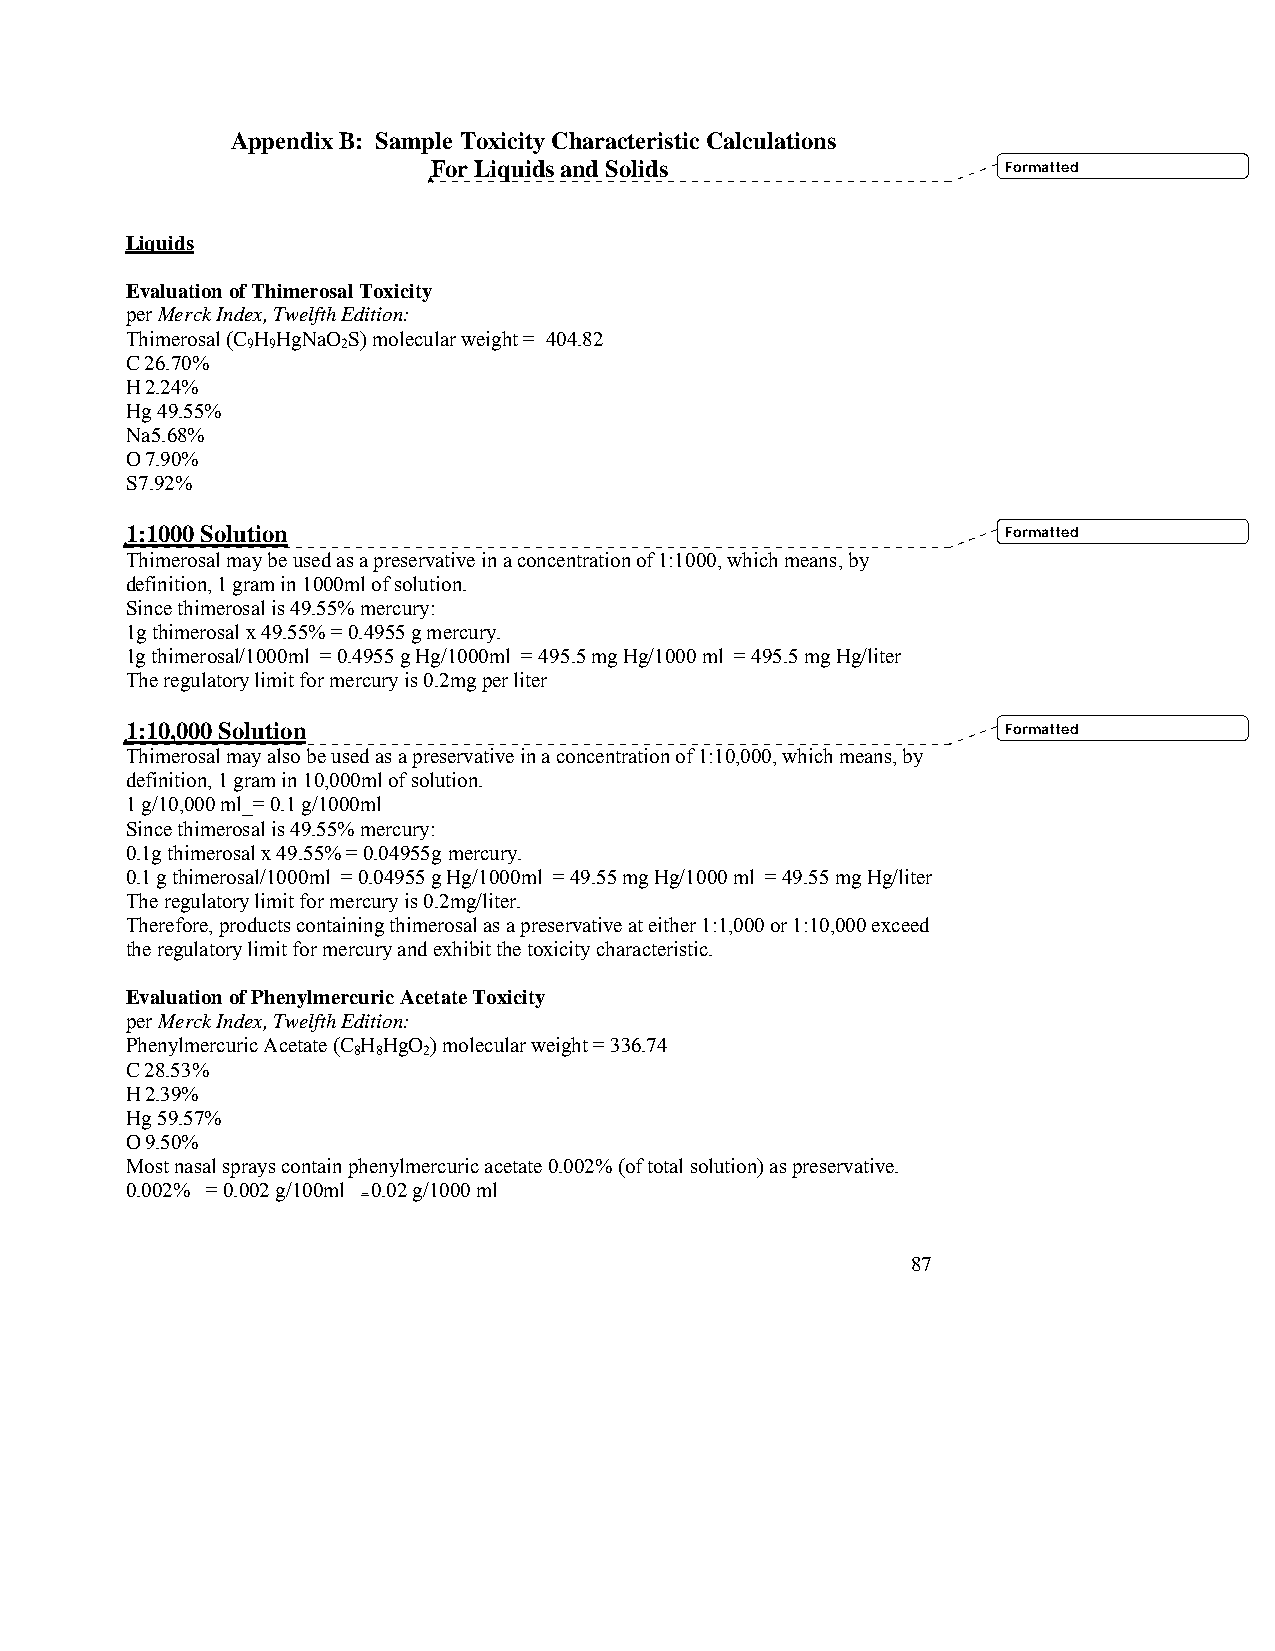
Appendix B: Sample Toxicity Characteristic Calculations
 For Liquids and Solids                Formatted
 Liquids
 Evaluation of Thimerosal Toxicity
 per Merck Index, Twelfth Edition:
 Thimerosal (C H HgNaO S) molecular weight = 404.82
 9 9    2
 C 26.70%
 H 2.24%
 Hg 49.55%
 Na 5.68%
 O 7.90%
 S 7.92%
 1:1000 Solution                                            Formatted
 Thimerosal may be used as a preservative in a concentration of 1:1000, which means, by
 definition, 1 gram in 1000ml of solution.
 Since thimerosal is 49.55% mercury:
 1g thimerosal x 49.55% = 0.4955 g mercury.
 1g thimerosal/1000ml = 0.4955 g Hg/1000ml = 495.5 mg Hg/1000 ml = 495.5 mg Hg/liter
 The regulatory limit for mercury is 0.2mg per liter
 1:10,000 Solution                                          Formatted
 Thimerosal may also be used as a preservative in a concentration of 1:10,000, which means, by
 definition, 1 gram in 10,000ml of solution.
 1 g/10,000 ml_= 0.1 g/1000ml
 Since thimerosal is 49.55% mercury:
 0.1g thimerosal x 49.55% = 0.04955g mercury.
 0.1 g thimerosal/1000ml = 0.04955 g Hg/1000ml = 49.55 mg Hg/1000 ml = 49.55 mg Hg/liter
 The regulatory limit for mercury is 0.2mg/liter.
 Therefore, products containing thimerosal as a preservative at either 1:1,000 or 1:10,000 exceed
 the regulatory limit for mercury and exhibit the toxicity characteristic.
 Evaluation of Phenylmercuric Acetate Toxicity
 per Merck Index, Twelfth Edition:
 Phenylmercuric Acetate (C H HgO ) molecular weight = 336.74
 8 8  2
 C 28.53%
 H 2.39%
 Hg 59.57%
 O 9.50%
 Most nasal sprays contain phenylmercuric acetate 0.002% (of total solution) as preservative.
 0.002% = 0.002 g/100ml 0.02 g/1000 ml
 =
 87